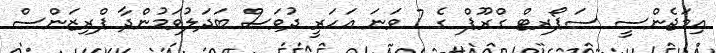
އިމަޖެންސީ ސަޕޯރޓް ގްރޫޕް ގެ 7 ވަނަ އަހަރީ ދުވަސް ބަދަލުވަމުންދާ ޕްރިޒަންސް